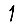
Digit: 1